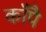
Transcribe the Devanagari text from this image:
काँपै